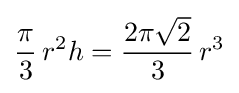
{\frac {\pi }{3}}\,r^{2}h={\frac {2\pi {\sqrt {2}}}{3}}\,r^{3}